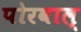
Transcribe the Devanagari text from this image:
पोरवाल्